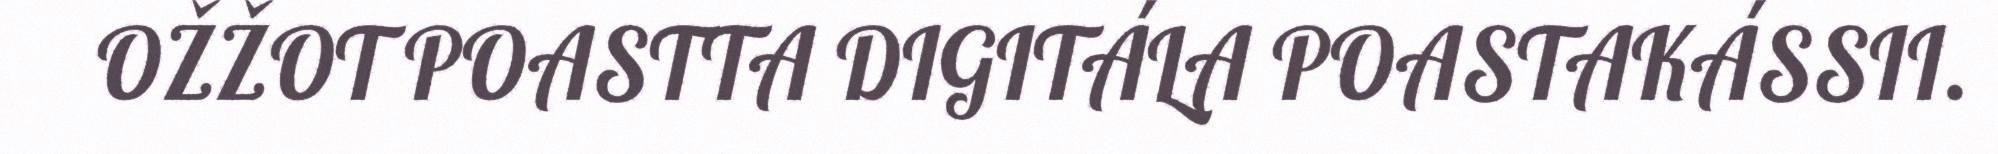
OŽŽOT POASTTA DIGITÁLA POASTAKÁSSII.